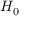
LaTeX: \textstyle H _ { 0 }